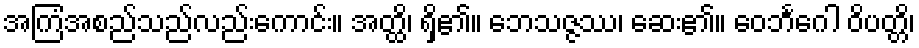
အကြံအစည်သည်လည်းကောင်း။ အတ္ထိ၊ ရှိ၏။ ဘေသဇ္ဇဿ၊ ဆေး၏။ ဝေဘင်္ဂေါ ဝိပတ္တိ၊